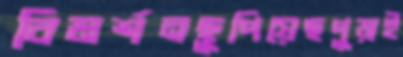
বিমর্শনছুপিয়েছপুড়াই